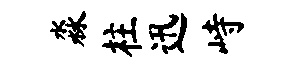
淼柱迅峙